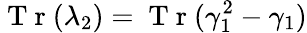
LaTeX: \mathrm{~T~r~}(\lambda_{2})=\mathrm{~T~r~}(\gamma_{1}^{2}-\gamma_{1})